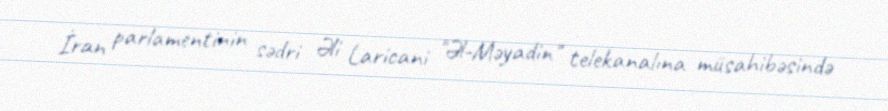
İran parlamentinin sədri Əli Laricani "Əl-Məyadin" telekanalına müsahibəsində